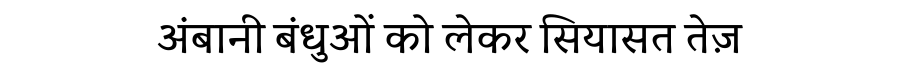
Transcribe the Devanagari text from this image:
अंबानी बंधुओं को लेकर सियासत तेज़